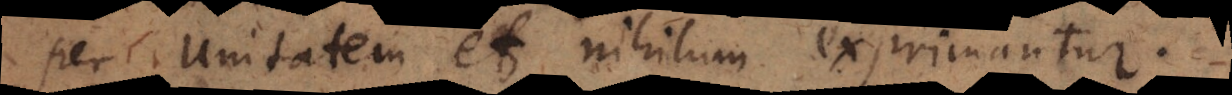
per unitatem et nihilum exprimantur.